Indian journal of veterinary science and animal husbandry - Volumes 28-29, 1958-1959
Year: 1958
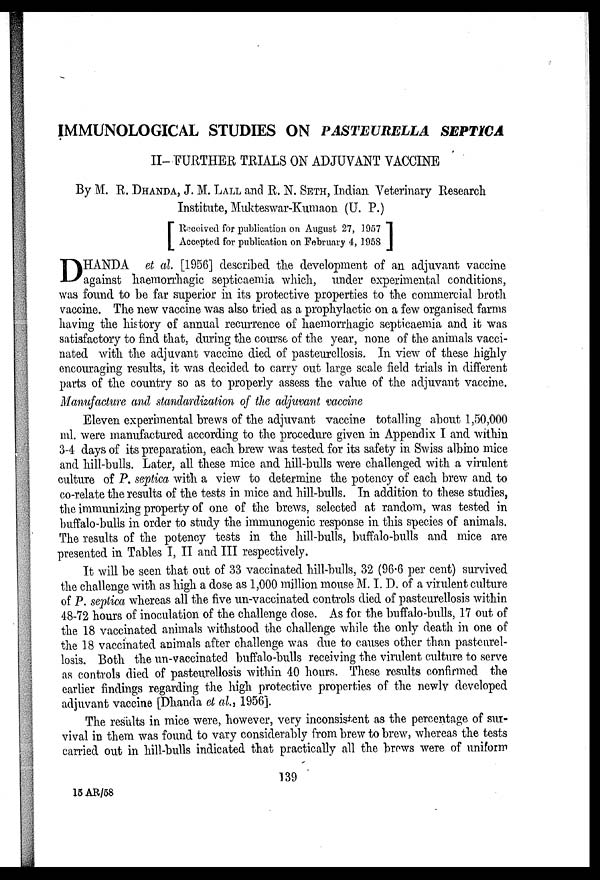
IMMUNOLOGICAL STUDIES ON PASTEURELLA
SEPTICA
II- FURTHER TRIALS ON ADJUVANT VACCINE
By M. R. DHANDA, J. M. LALL and R. N. SETH, Indian Veterinary Research
Institute, Mukteswar-Kumaon (U. P.)
[ Received for publication on August 27, 1957
Accepted for publication on February 4, 1958]
D HANDA et al. [1956] described the development of an adjuvant vaccine
against haemorrhagic septicaemia which, under experimental conditions,
was found to be far superior in its protective properties to the commercial broth
vaccine. The new vaccine was also tried as a prophylactic on a few organised farms
having the history of annual recurrence of haemorrhagic septicaemia and it was
satisfactory to find that, during the course of the year, none of the animals vacci-
nated with the adjuvant vaccine died of pasteurellosis. In view of these highly
encouraging results, it was decided to carry out large scale field trials in different
parts of the country so as to properly assess the value of the adjuvant vaccine.
Manufacture and standardization of the adjuvant vaccine
Eleven experimental brews of the adjuvant vaccine totalling about 1,50,000
ml. were manufactured according to the procedure given in Appendix I and within
3-4 days of its preparation, each brew was tested for its safety in Swiss albino mice
and hill-bulls. Later, all these mice and hill-bulls were challenged with a virulent
culture of P. septica with a view to determine the potency of each brew and to
co-relate the results of the tests in mice and hill-bulls. In addition to these studies,
the immunizing property of one of the brews, selected at random, was tested in
buffalo-bulls in order to study the immunogenic response in this species of animals.
The results of the potency tests in the hill-bulls, buffalo-bulls and mice are
presented in Tables I, II and III respectively.
It will be seen that out of 33 vaccinated hill-bulls, 32 (96.6 per cent) survived
the challenge with as high a dose as 1,000 million mouse M. I. D. of a virulent culture
of P. septica whereas all the five un-vaccinated controls died of pasteurellosis within
48-72 hours of inoculation of the challenge dose. As for the buffalo-bulls, 17 out of
the 18 vaccinated animals withstood the challenge while the only death in one of
the 18 vaccinated animals after challenge was due to causes other than pasteurel-
losis. Both the un-vaccinated buffalo-bulls receiving the virulent culture to serve
as controls died of pasteurellosis within 40 hours. These results confirmed the
earlier findings regarding the high protective properties of the newly developed
adjuvant vaccine [Dhanda et al., 1956].
The results in mice were, however, very inconsistent as the percentage of sur-
vival in them was found to vary considerably from brew to brew, whereas the tests
carried out in hill-bulls indicated that practically all the brews were of uniform
139
15 AR/58